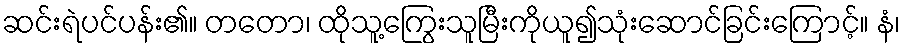
ဆင်းရဲပင်ပန်း၏။ တတော၊ ထိုသူ့ကြွေးသူမြီးကိုယူ၍သုံးဆောင်ခြင်းကြောင့်။ နံ၊